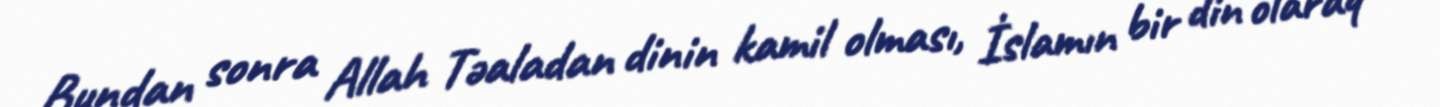
Bundan sonra Allah Təaladan dinin kamil olması, İslamın bir din olaraq